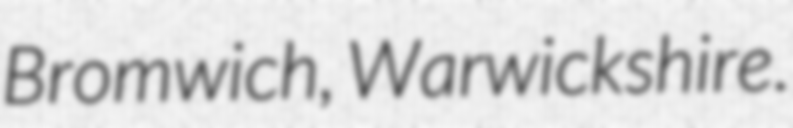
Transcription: Bromwich, Warwickshire.